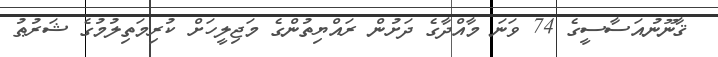
ޤާނޫނުއަސާސީގެ 74 ވަނަ މާއްދާގެ ދަށުން ރައްޔިތުންގެ މަޖިލީހަށް ކުރިމަތިލުމުގެ ޝަރުޠު